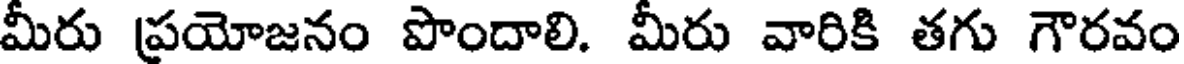
మీరు ప్రయోజనం పొందాలి. మీరు వారికి తగు గౌరవం